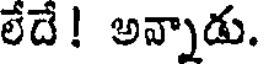
లేదే! అన్నాడు.